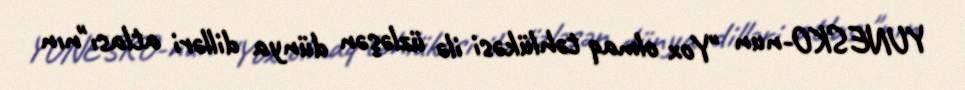
YUNESKO-nun "Yox olmaq təhlükəsi ilə üzləşən dünya dilləri atlası"nın